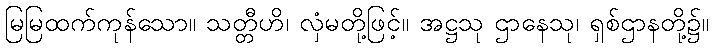
မြမြထက်ကုန်သော။ သတ္တီဟိ၊ လှံမတို့ဖြင့်။ အဋ္ဌသု ဌာနေသု၊ ရှစ်ဌာနတို့၌။